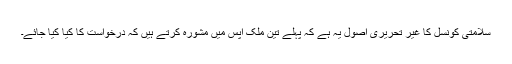
سلامتی کونسل کا غیر تحریری اصول یہ ہے کہ پہلے تین ملک آپس میں مشورہ کرتے ہیں کہ درخواست کا کیا کیا جائے۔